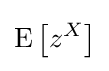
\operatorname {E} \left[z^{X}\right]